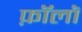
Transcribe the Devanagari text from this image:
फ़ॉलॉ